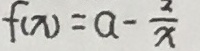
f ( x ) = a - \frac { 2 } { x }